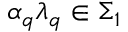
\alpha _ { q } { \lambda } _ { q } \in \Sigma _ { 1 }